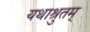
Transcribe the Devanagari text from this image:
यथाश्रुतम्